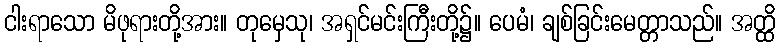
ငါးရာသော မိဖုရားတို့အား။ တုမှေသု၊ အရှင်မင်းကြီးတို့၌။ ပေမံ၊ ချစ်ခြင်းမေတ္တာသည်။ အတ္ထိ